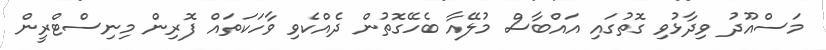
މަސްއޫދު ވިދާޅުވި ގޮތުގައި އައްބާސް މުލޭއާ ބެހޭގޮތުން ދެއްކެވި ވާހަކަތައް ފޮރިން މިނިސްޓްރީން